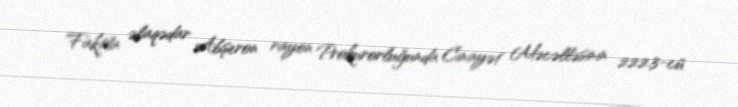
Faktla əlaqədar Abşeron rayon Prokurorluğunda Cinayət Məcəlləsinin 222.3-cü